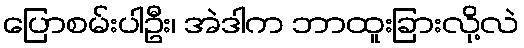
ပြောစမ်းပါဦး၊ အဲဒါက ဘာထူးခြားလို့လဲ